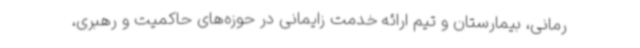
رمانی، بیمارستان و تیم ارائه خدمت زایمانی در حوزه‌های حاکمیت و رهبری،